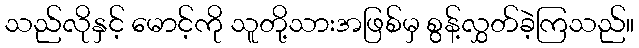
သည်လိုနှင့် မောင့်ကို သူတို့သားအဖြစ်မှ စွန့်လွှတ်ခဲ့ကြသည်။